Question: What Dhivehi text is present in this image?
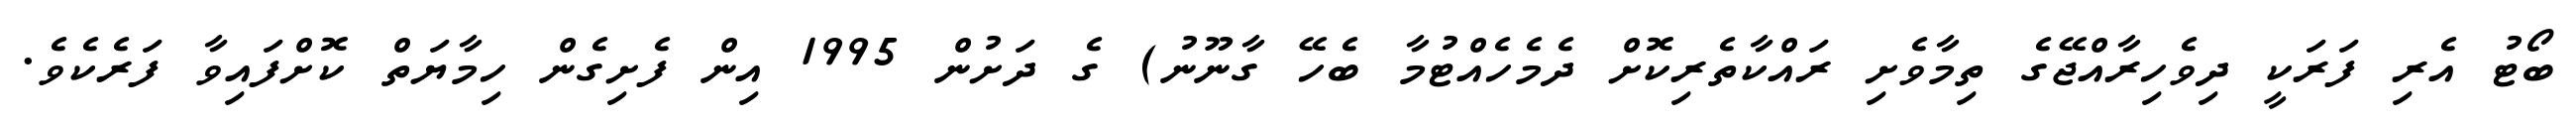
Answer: ބޯޓު އެރި ފަރަކީ ދިވެހިރާއްޖޭގެ ތިމާވެށި ރައްކާތެރިކޮށް ދެމެހެއްޓުމާ ބެހޭ ގާނޫނު) ގެ ދަށުން 1995 އިން ފެށިގެން ހިމާޔަތް ކޮށްފައިވާ ފަރެކެވެ.